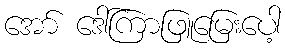
အော် ဒေါ်ကြာဖြူမြေးပေါ့